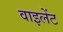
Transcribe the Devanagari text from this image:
वाइलेंट